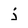
Character: j